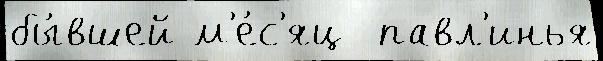
бы́вшей м'е́с'яц  павл'инья